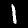
Digit: 1